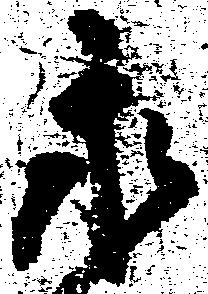
永